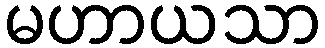
မဟာယသာ